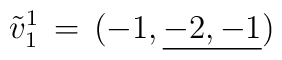
{\tilde {v}_1}^{1}\,=\,({-1},\underline{ -2,-1})